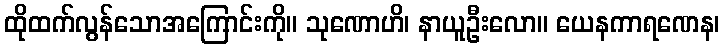
ထိုထက်လွန်သောအကြောင်းကို။ သုဏောဟိ၊ နာယူဦးလော။ ယေနကာရဏေန၊